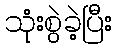
သုံးစွဲခဲ့ပြီး